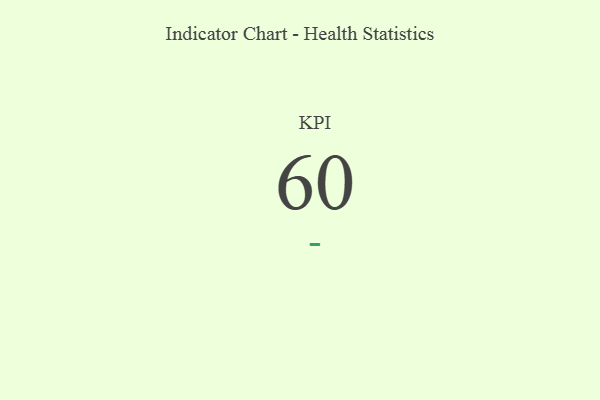
{"axis": {"x": "KPI", "y": "Value"}, "legend": [""], "data": [{"x": "KPI", "y": 60, "type": ""}]}